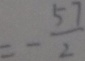
= - \frac { 5 7 } { 2 }